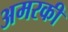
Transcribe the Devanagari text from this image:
अमरकी